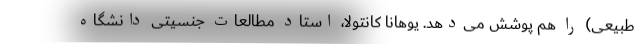
طبیعی) را هم پوشش می‌دهد. یوهانا کانتولا، استاد مطالعات جنسیتی دانشگاه